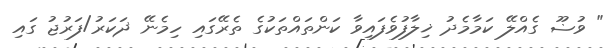
" ވުޟޫ ގެއްލޭ ކަމާމެދު ޚިލާފުވެފައިވާ ކަންތައްތަކުގެ ތެރޭގައި ހިމެނޭ ޛަކަރު/ފަރުޖު ގައި